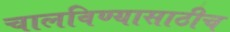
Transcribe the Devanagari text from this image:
चालविण्यासाठीच